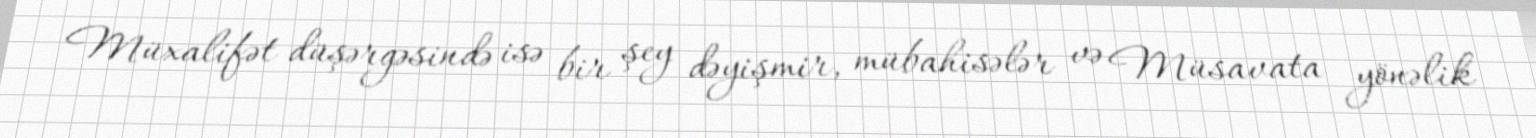
Müxalifət düşərgəsində isə bir şey dəyişmir, mübahisələr və Müsavata yönəlik